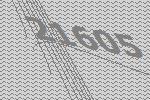
21605